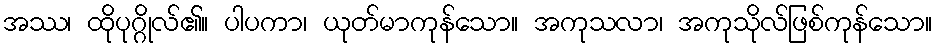
အဿ၊ ထိုပုဂ္ဂိုလ်၏။ ပါပကာ၊ ယုတ်မာကုန်သော။ အကုသလာ၊ အကုသိုလ်ဖြစ်ကုန်သော။